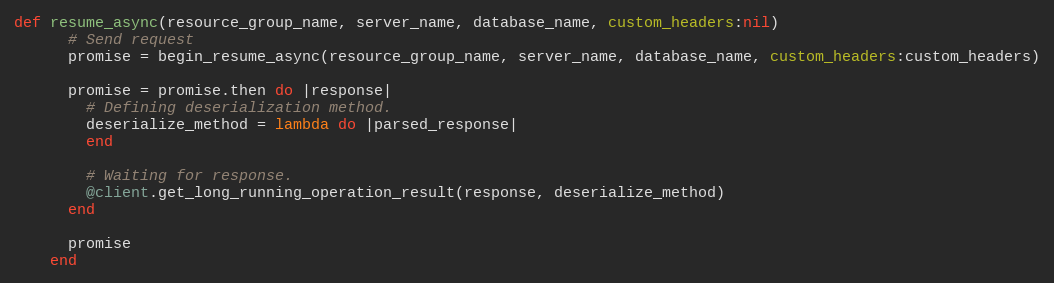
Language: Ruby
def resume_async(resource_group_name, server_name, database_name, custom_headers:nil)
      # Send request
      promise = begin_resume_async(resource_group_name, server_name, database_name, custom_headers:custom_headers)

      promise = promise.then do |response|
        # Defining deserialization method.
        deserialize_method = lambda do |parsed_response|
        end

        # Waiting for response.
        @client.get_long_running_operation_result(response, deserialize_method)
      end

      promise
    end